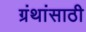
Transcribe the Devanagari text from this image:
ग्रंथांसाठी